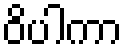
ဝိပါကာ